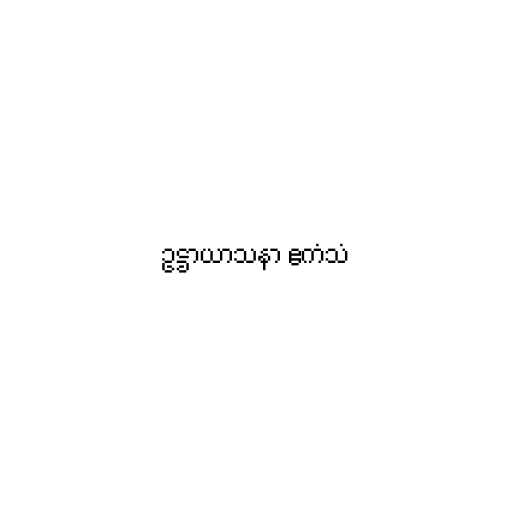
ဥဋ္ဌာယာသနာ ဧကံသံ